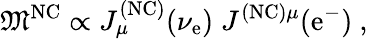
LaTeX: {\mathfrak{M}}^{\mathrm{NC}}\propto J_{\mu}^{\mathrm{(NC)}}(\nu_{\mathrm{e}})\; J^{\mathrm{(NC)}\mu}(\mathrm{e^{-}})~,